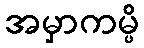
အမှာကမ္ပိ